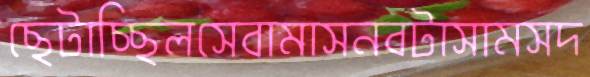
ছেটাচ্ছিলসেবামাসনবটাসামসদ